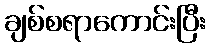
ချစ်စရာကောင်းပြီး